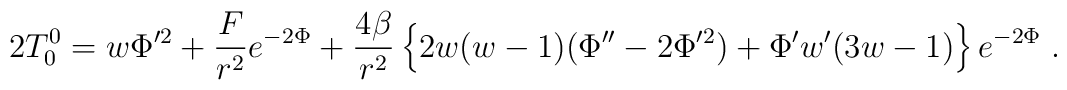
2 T^0_0 = w \Phi'^2 + \frac{{ F}}{r^2} e^{-2\Phi} +\frac{4 \beta}{r^2}\left\{2w(w -1)(\Phi'' - 2\Phi'^2) +\Phi' w'(3w - 1)\right\}e^{-2\Phi}\; .